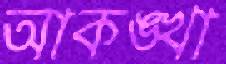
আকঙ্খা